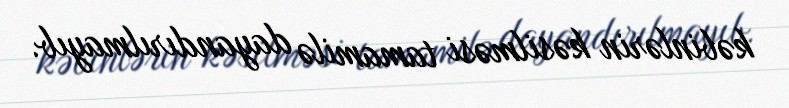
kəbinlərin kəsilməsi tamamilə dayandırılmayıb.